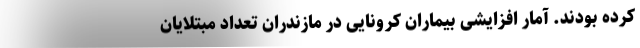
کرده بودند. آمار افزایشی بیماران کرونایی در مازندران تعداد مبتلایان